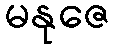
မနုဇေ